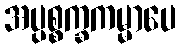
အပ္ပစ္စက္ခကမ္မာပေ